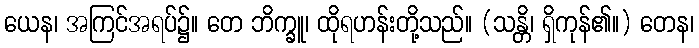
ယေန၊ အကြင်အရပ်၌။ တေ ဘိက္ခူ၊ ထိုရဟန်းတို့သည်။ (သန္တိ၊ ရှိကုန်၏။) တေန၊